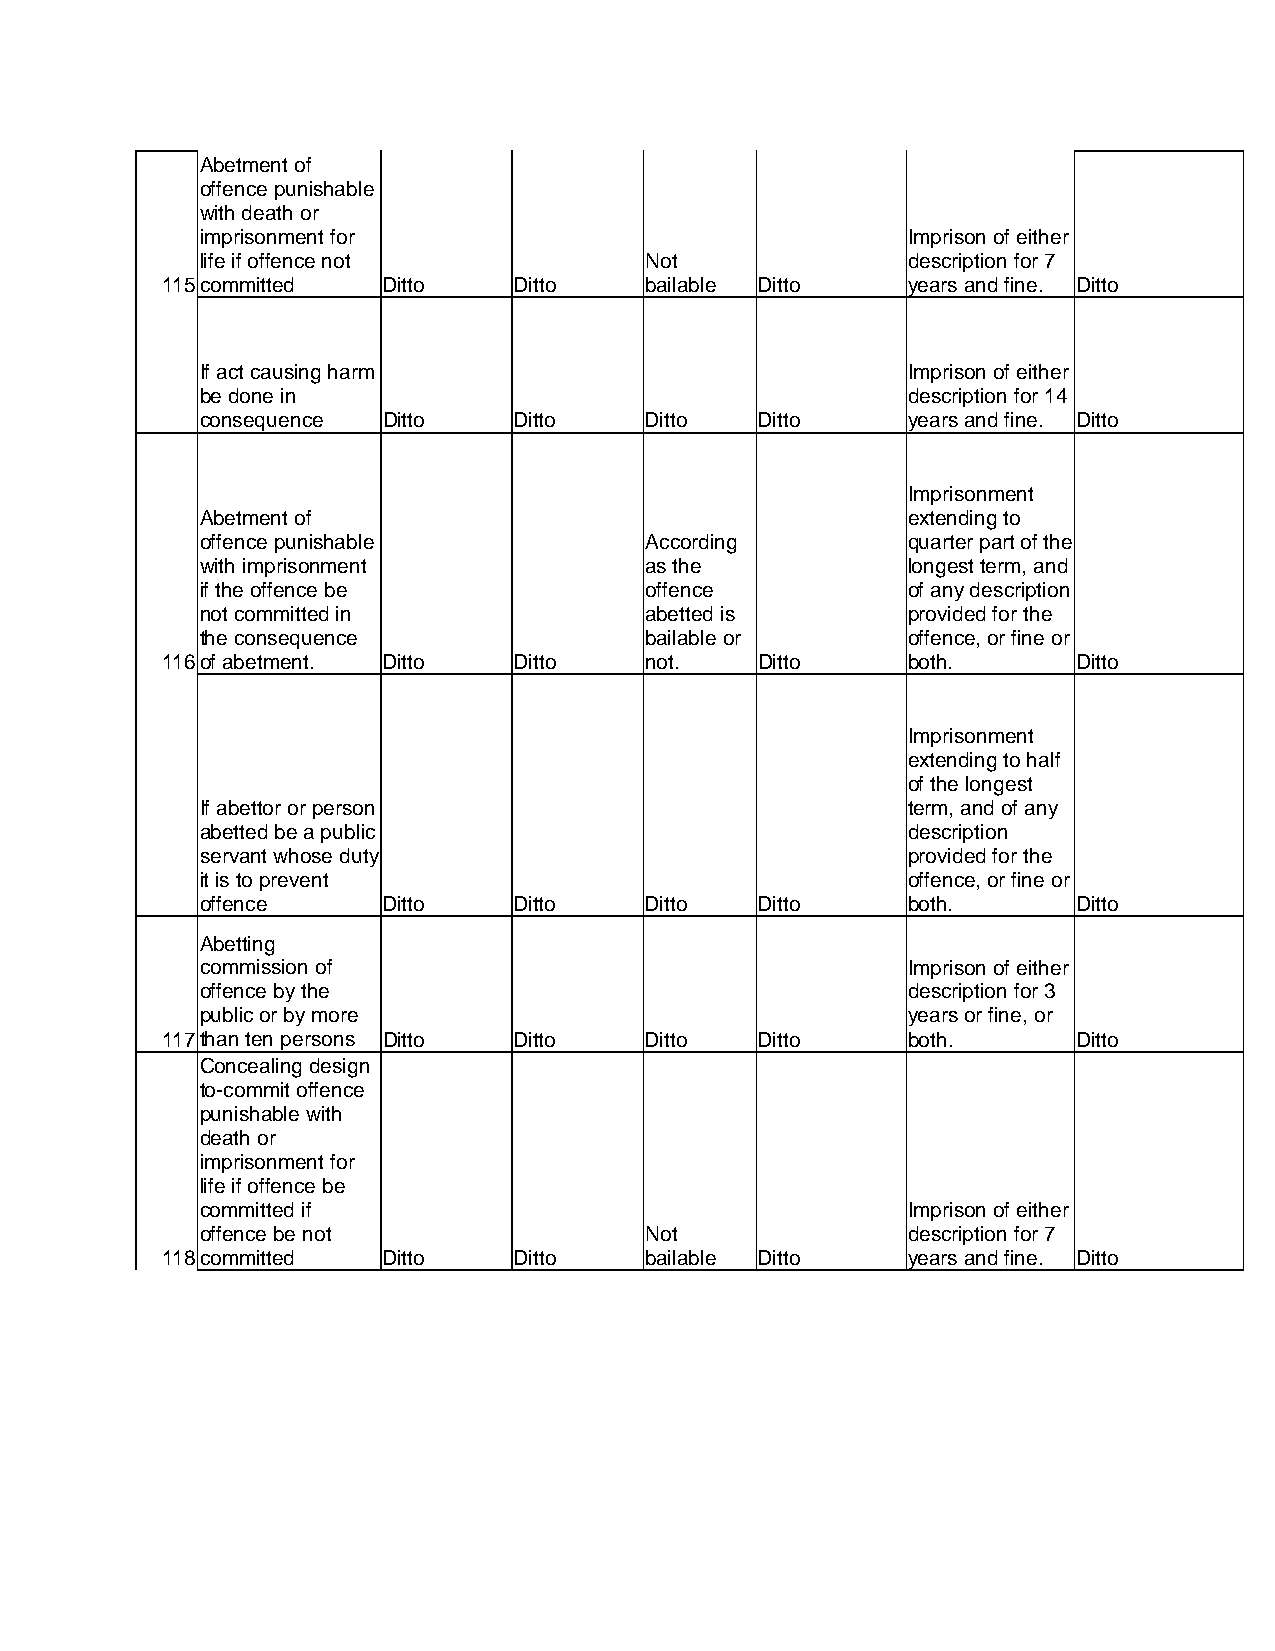
Abetment of
 offence punishable
 with death or
 imprisonment for                               Imprison of either
 life if offence not           Not              description for 7
 115 committed Ditto    Ditto    bailable Ditto   years and fine. Ditto
 If act causing harm                            Imprison of either
 be done in                                     description for 14
 consequence Ditto    Ditto    Ditto  Ditto     years and fine. Ditto
 Imprisonment
 Abetment of                                    extending to
 offence punishable            According        quarter part of the
 with imprisonment             as the           longest term, and
 if the offence be             offence          of any description
 not committed in              abetted is       provided for the
 the consequence               bailable or      offence, or fine or
 116 of abetment. Ditto Ditto    not.   Ditto     both.      Ditto
 Imprisonment
 extending to half
 of the longest
 If abettor or person                           term, and of any
 abetted be a public                            description
 servant whose duty                             provided for the
 it is to prevent                               offence, or fine or
 offence     Ditto    Ditto    Ditto  Ditto     both.      Ditto
 Abetting
 commission of                                  Imprison of either
 offence by the                                 description for 3
 public or by more                              years or fine, or
 117 than ten persons Ditto Ditto Ditto Ditto     both.      Ditto
 Concealing design
 to-commit offence
 punishable with
 death or
 imprisonment for
 life if offence be
 committed if                                   Imprison of either
 offence be not                Not              description for 7
 118 committed Ditto    Ditto    bailable Ditto   years and fine. Ditto